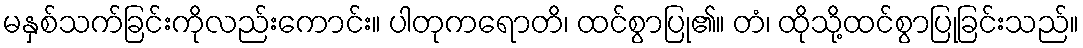
မနှစ်သက်ခြင်းကိုလည်းကောင်း။ ပါတုကရောတိ၊ ထင်စွာပြု၏။ တံ၊ ထိုသို့ထင်စွာပြုခြင်းသည်။